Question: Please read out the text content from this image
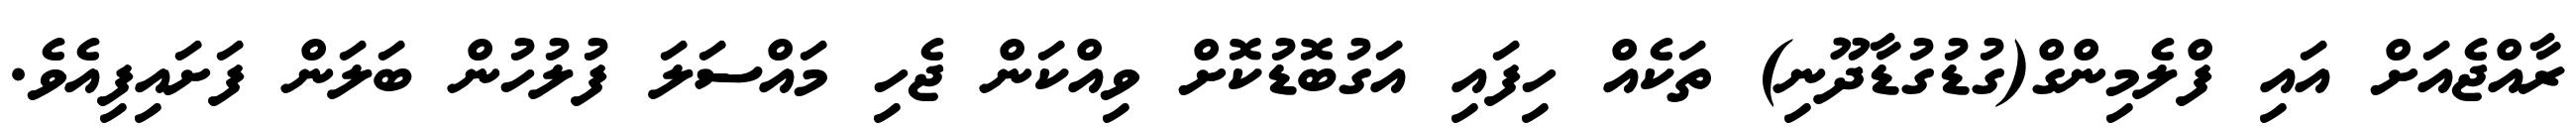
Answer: ރާއްޖެއަށް އައި ފްލެމިންގް(ގުޑުގުޑާދޫނި) ތަކެއް ހިފައި އަގުބޮޑުކޮށް ވިއްކަން ޖެހި މައްސަލަ ފުލުހުން ބަލަން ފަށައިފިއެވެ.